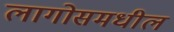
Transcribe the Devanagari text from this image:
लागोसमधील